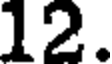
12.